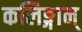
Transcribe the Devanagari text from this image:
कलिङ्गान्‌